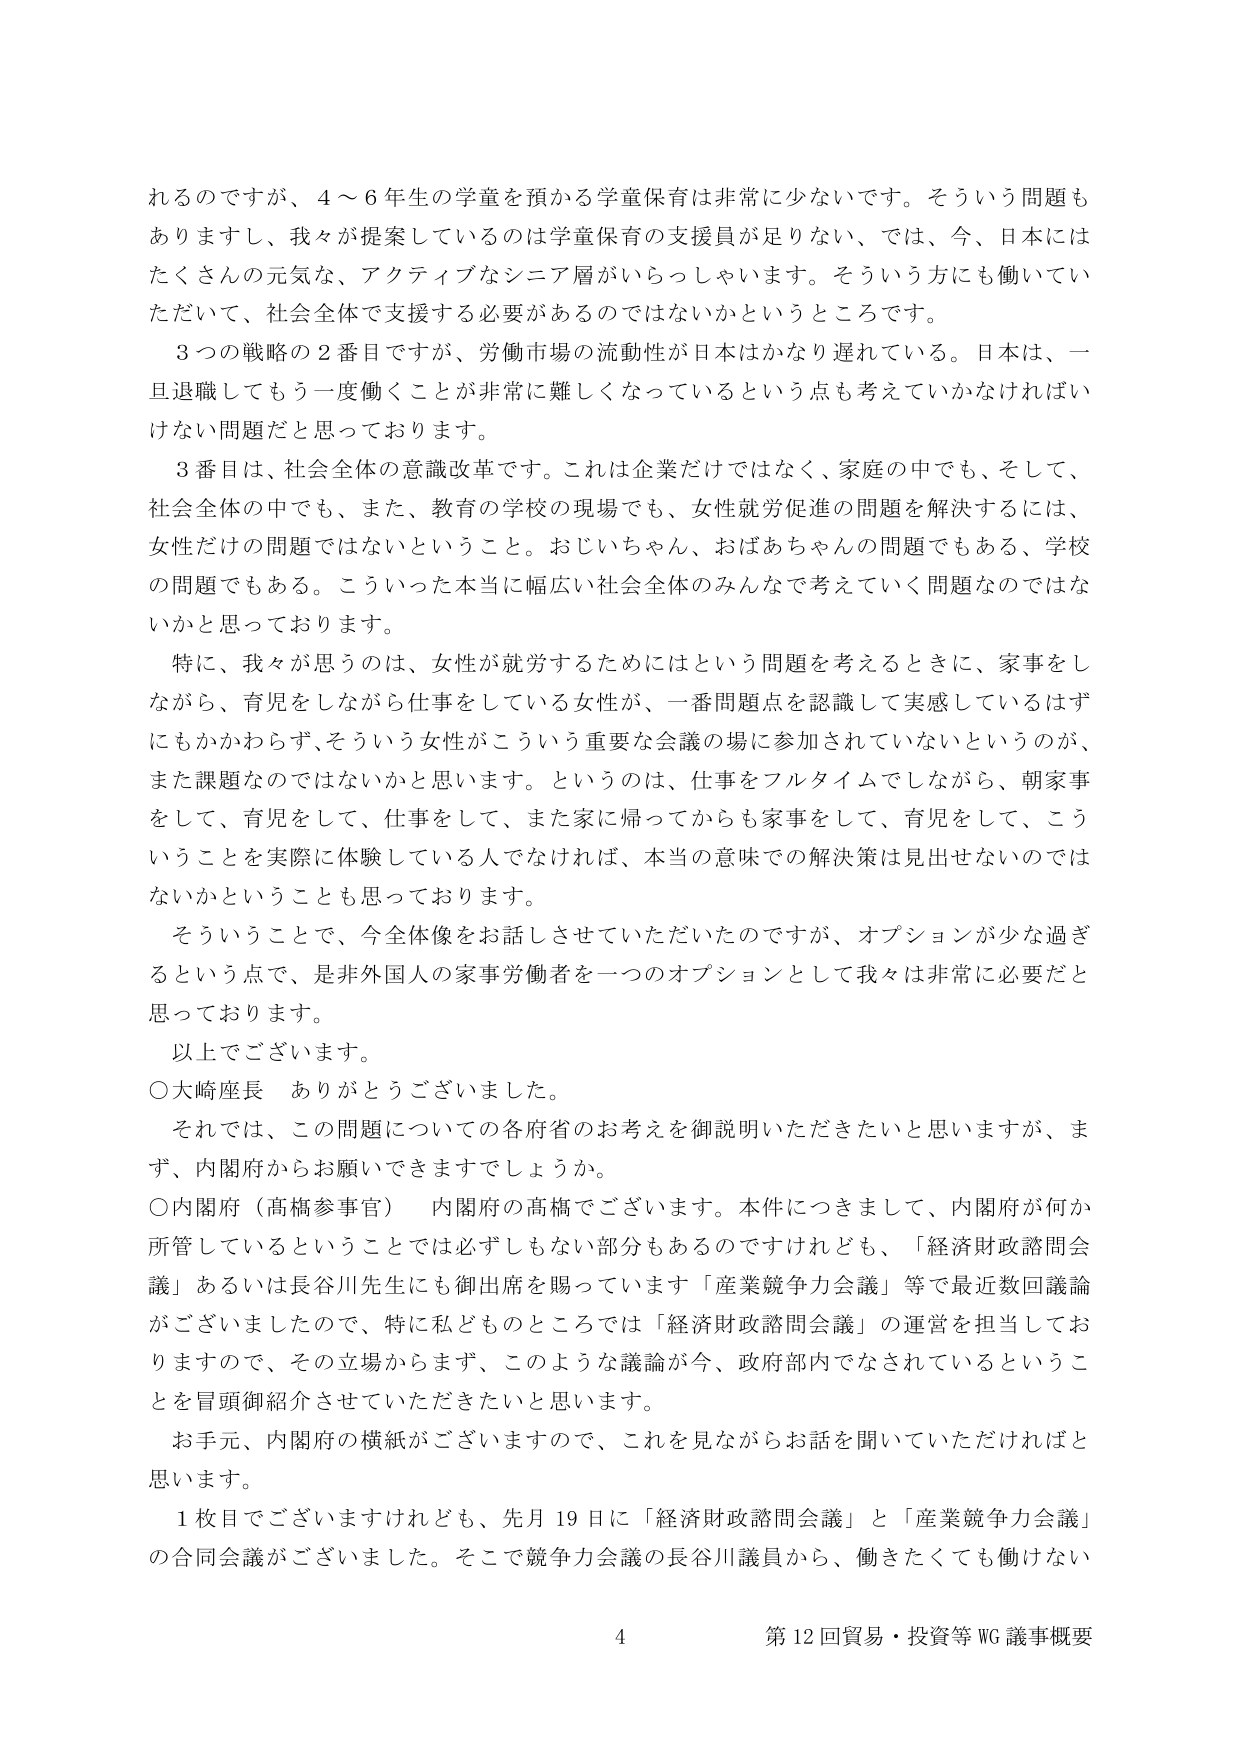
れるのですが、4～6年生の学童を預かる学童保育は非常に少ないです。そういう問題もありますし、我々が提案しているのは学童保育の支援員が足りない、では、今、日本にはたくさんの元気な、アクティブなシニア層がいらっしゃいます。そういう方にも働いていただいて、社会全体で支援する必要があるのではないかというところです。

3つの戦略の2番目ですが、労働市場の流動性が日本はかなり遅れている。日本は、一旦退職してもう一度働くことが非常に難しくなっているという点も考えていかなければならない問題だと思っております。

3番目は、社会全体の意識改革です。これは企業だけではなく、家庭の中でも、そして、社会全体の中でも、また、教育の学校の現場でも、女性就労促進の問題を解決するには、女性だけの問題ではないということ。おじいちゃん、おばあちゃんの問題でもある、学校の問題でもある。こういった本当に幅広い社会全体のみんなで考えていく問題なのではないかと思っております。

特に、我々が思うのは、女性が就労するためにはという問題を考えるときに、家事をしながら、育児をしながら仕事をしている女性が、一番問題点を認識して実感しているはずにもかかわらず、そういう女性がこういう重要な会議の場に参加されていないというのが、また課題なのではないかと思います。というのは、仕事をフルタイムでしながら、朝家事をして、育児をして、仕事をして、また家に帰ってからも家事をして、育児をして、こういうことを実際に体験している人でなければ、本当の意味での解決策は見出せないのではないかということも思っております。

そういうことで、今全体像をお話しさせていただいたのですが、オプションが少な過ぎるという点で、是非外国人の家事労働者を一つのオプションとして我々は非常に必要だと思っております。

以上でございます。

○大崎座長　ありがとうございました。

それでは、この問題についての各府省のお考えを御説明いただきたいと思いますが、まず、内閣府からお願いできますでしょうか。

○内閣府（高橋参事官）　内閣府の高橋でございます。本件につきまして、内閣府が何か所管しているということでは必ずしもない部分もあるのですけれども、「経済財政諮問会議」あるいは長谷川先生にも御出席を賜っています「産業競争力会議」等で最近数回議論がございましたので、特に私どものところでは「経済財政諮問会議」の運営を担当しておりますので、その立場からまず、このような議論が今、政府部内でなされているということを冒頭御紹介させていただきたいと思います。

お手元、内閣府の横紙がございますので、これを見ながらお話をお聞きいただければと思います。

1枚目でございますけれども、先月19日に「経済財政諮問会議」と「産業競争力会議」の合同会議がございました。そこで競争力会議の長谷川議員から、働きたくても働けない

4 第12回貿易・投資等WG議事概要